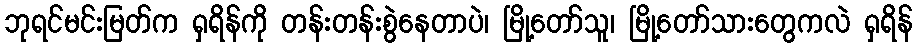
ဘုရင်မင်းမြတ်က ရှရိန်ကို တန်းတန်းစွဲနေတာပဲ၊ မြို့တော်သူ၊ မြို့တော်သားတွေကလဲ ရှရိန်